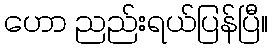
ဟော ညည်းရယ်ပြန်ပြီ။